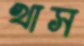
খাস